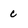
Character: c